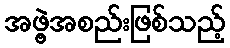
အဖွဲ့အစည်းဖြစ်သည့်